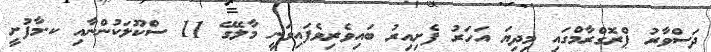
ދަސްވާރު ޕްރޮގްރާމްގައި މިދިޔަ އަހަރު ފެށިއިރު ބައިވެރިވެފައިވަނީ މާލޭގެ 11 ސްކޫލަކުންނާއި ކ.މާފުށީ